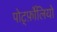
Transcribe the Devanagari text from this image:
पोर्ट्फ़ोलियो